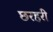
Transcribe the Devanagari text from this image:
छरहरी